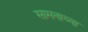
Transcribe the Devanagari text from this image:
सामनाच्या